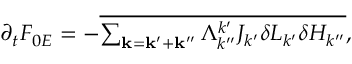
\begin{array} { r } { \partial _ { t } F _ { 0 E } = - \overline { { \sum _ { \mathbf { k } = \mathbf { k ^ { \prime } } + \mathbf { k ^ { \prime \prime } } } \Lambda _ { k ^ { \prime \prime } } ^ { k ^ { \prime } } J _ { k ^ { \prime } } \delta L _ { k ^ { \prime } } \delta H _ { k ^ { \prime \prime } } } } , } \end{array}